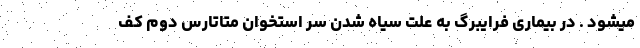
میشود . در بیماری فرایبرگ به علت سیاه شدن سر استخوان متاتارس دوم کف